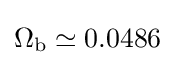
\Omega _{\rm {b}}\simeq 0.0486